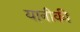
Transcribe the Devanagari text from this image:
यानीकी